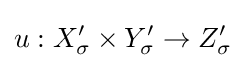
u:X'_{\sigma }\times Y'_{\sigma }\to Z'_{\sigma }